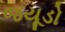
જયૂડો